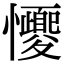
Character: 𢥝